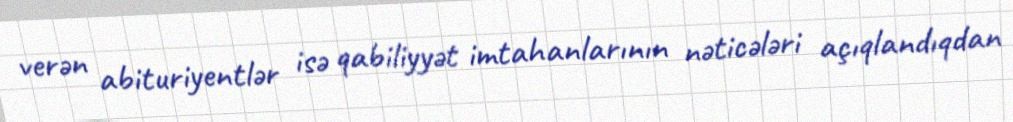
verən abituriyentlər isə qabiliyyət imtahanlarının nəticələri açıqlandıqdan